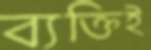
ব্যক্তিই